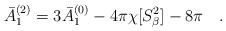
LaTeX: \begin{align*}\bar{A}_1^{(2)}=3\bar{A}_1^{(0)}-4\pi\chi[S^2_\beta]-8\pi~~~.\end{align*}